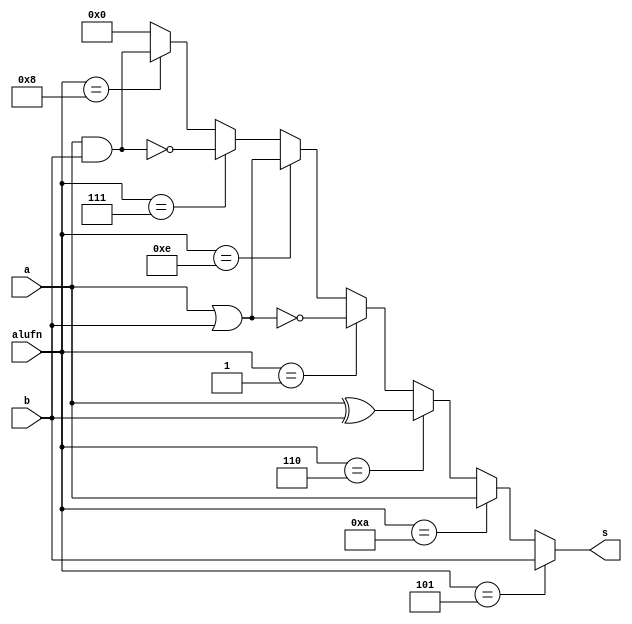
/*
   This file was generated automatically by the Mojo IDE version B1.3.6.
   Do not edit this file directly. Instead edit the original Lucid source.
   This is a temporary file and any changes made to it will be destroyed.
*/

module boolean_16bit_29 (
    input [15:0] a,
    input [15:0] b,
    input [3:0] alufn,
    output reg [15:0] s
  );
  
  
  
  always @* begin
    s[0+15-:16] = 1'h0;
    if (alufn[0+3-:4] == 4'h8) begin
      s[0+15-:16] = a[0+15-:16] & b[0+15-:16];
    end
    if (alufn[0+3-:4] == 4'h7) begin
      s[0+15-:16] = ~(a[0+15-:16] & b[0+15-:16]);
    end
    if (alufn[0+3-:4] == 4'he) begin
      s[0+15-:16] = a[0+15-:16] | b[0+15-:16];
    end
    if (alufn[0+3-:4] == 4'h1) begin
      s[0+15-:16] = ~(a[0+15-:16] | b[0+15-:16]);
    end
    if (alufn[0+3-:4] == 4'h6) begin
      s[0+15-:16] = a[0+15-:16] ^ b[0+15-:16];
    end
    if (alufn[0+3-:4] == 4'ha) begin
      s[0+15-:16] = a[0+15-:16];
    end
    if (alufn[0+3-:4] == 4'h5) begin
      s[0+15-:16] = b[0+15-:16];
    end
  end
endmodule